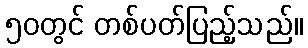
၅၀တွင် တစ်ပတ်ပြည့်သည်။